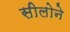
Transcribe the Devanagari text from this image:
सीलोने